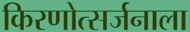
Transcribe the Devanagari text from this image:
किरणोत्सर्जनाला